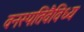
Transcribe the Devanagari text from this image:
वनस्पतिवैविध्य